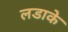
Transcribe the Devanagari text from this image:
लडाके